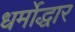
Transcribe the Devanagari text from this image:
धर्मोद्धार